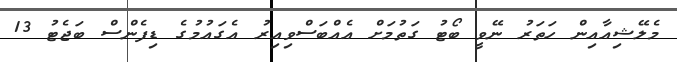
މެލޭޝިއާއިން ހަތަރު ނޭވީ ބޯޓު ގަތުމަށް އެއްބަސްވިއިރު އެގައުމުގެ ޑިފެންސް ބަޖެޓު 13